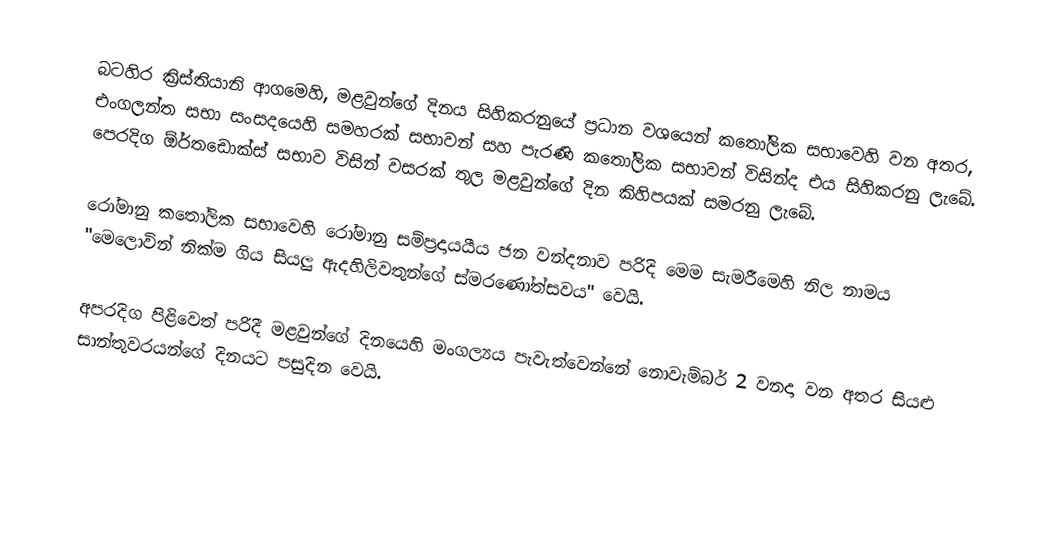
බටහිර ක්‍රිස්තියානි ආගමෙහි, මළවුන්ගේ දිනය සිහිකරනුයේ ප්‍රධාන වශයෙන් කතෝලික සභාවෙහි වන අතර,  එංගලන්ත සභා සංසදයෙහි සමහරක් සභාවන් සහ පැරණි කතෝලික සභාවන් විසින්ද එය සිහිකරනු ලැබේ. පෙරදිග ඕර්තඩොක්ස් සභාව විසින් වසරක් තුල මළවුන්ගේ දින කිහිපයක් සමරනු ලැබේ.

රෝමානු කතෝලික සභාවෙහි රෝමානු සම්ප්‍රදායයීය ජන වන්දනාව පරිදි මෙම සැමරීමෙහි නිල නාමය "මෙලොවින් නික්ම ගිය සියලු ඇදහිලිවතුන්ගේ ස්ම‍රණෝත්සවය" වෙයි.

අපරදිග  පිළිවෙත් පරිදී මළවුන්ගේ දිනයෙහි මංගල්‍යය පැවැත්වෙන්නේ නොවැම්බර් 2 වනදා වන අතර  සියළු සාන්තුවරයන්ගේ දිනයට පසුදින වෙයි.